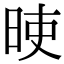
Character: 𣆘